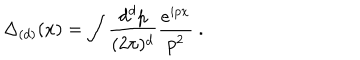
\Delta _ { ( d ) } ( x ) = \int { \frac { d ^ { d } p } { ( 2 \pi ) ^ { d } } } { \frac { e ^ { i p x } } { p ^ { 2 } } } \ .